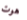
هوت